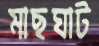
মাছঘাট